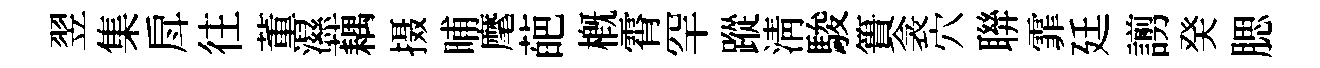
翌集戽往董濕藕摄晡麾葩槪霄罕蹤清駿簣衾穴聨霏廷謭癸腮